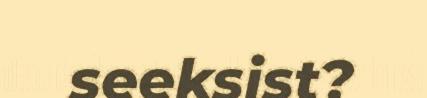
seeksist?